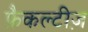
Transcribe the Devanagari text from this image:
फ़ैकल्टीज़